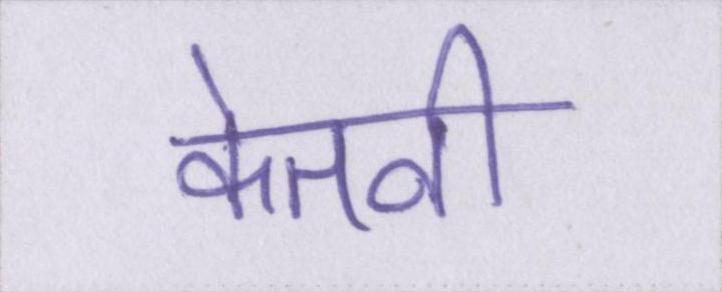
केतनी